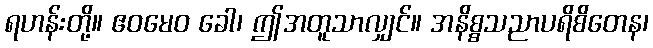
ရဟန်းတို့။ ဧဝမေဝ ခေါ၊ ဤအတူသာလျှင်။ အနိစ္စသညာပရိစိတေန၊